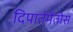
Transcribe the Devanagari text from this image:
दिपार्तमेंतोस